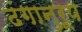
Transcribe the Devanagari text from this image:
ढंगानुरूप